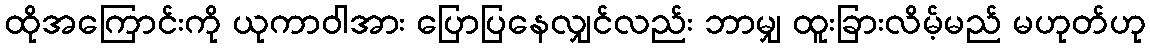
ထိုအကြောင်းကို ယုကာဝါအား ပြောပြနေလျှင်လည်း ဘာမျှ ထူးခြားလိမ့်မည် မဟုတ်ဟု